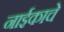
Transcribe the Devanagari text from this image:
नाईकाचे